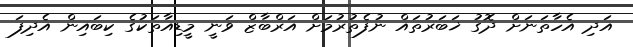
އަދި އެހާތަނަށް ދޮގު ޚަބަރުތައް ނުފެތުރުމަށް އަރްބާޒް ވަނީ މީޑިއާތަކުގެ ކިބައިން އެދިފަ